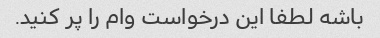
باشه لطفا این درخواست وام را پر کنید.